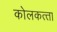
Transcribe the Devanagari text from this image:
कोलकत्‍ता